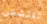
تكتشفي